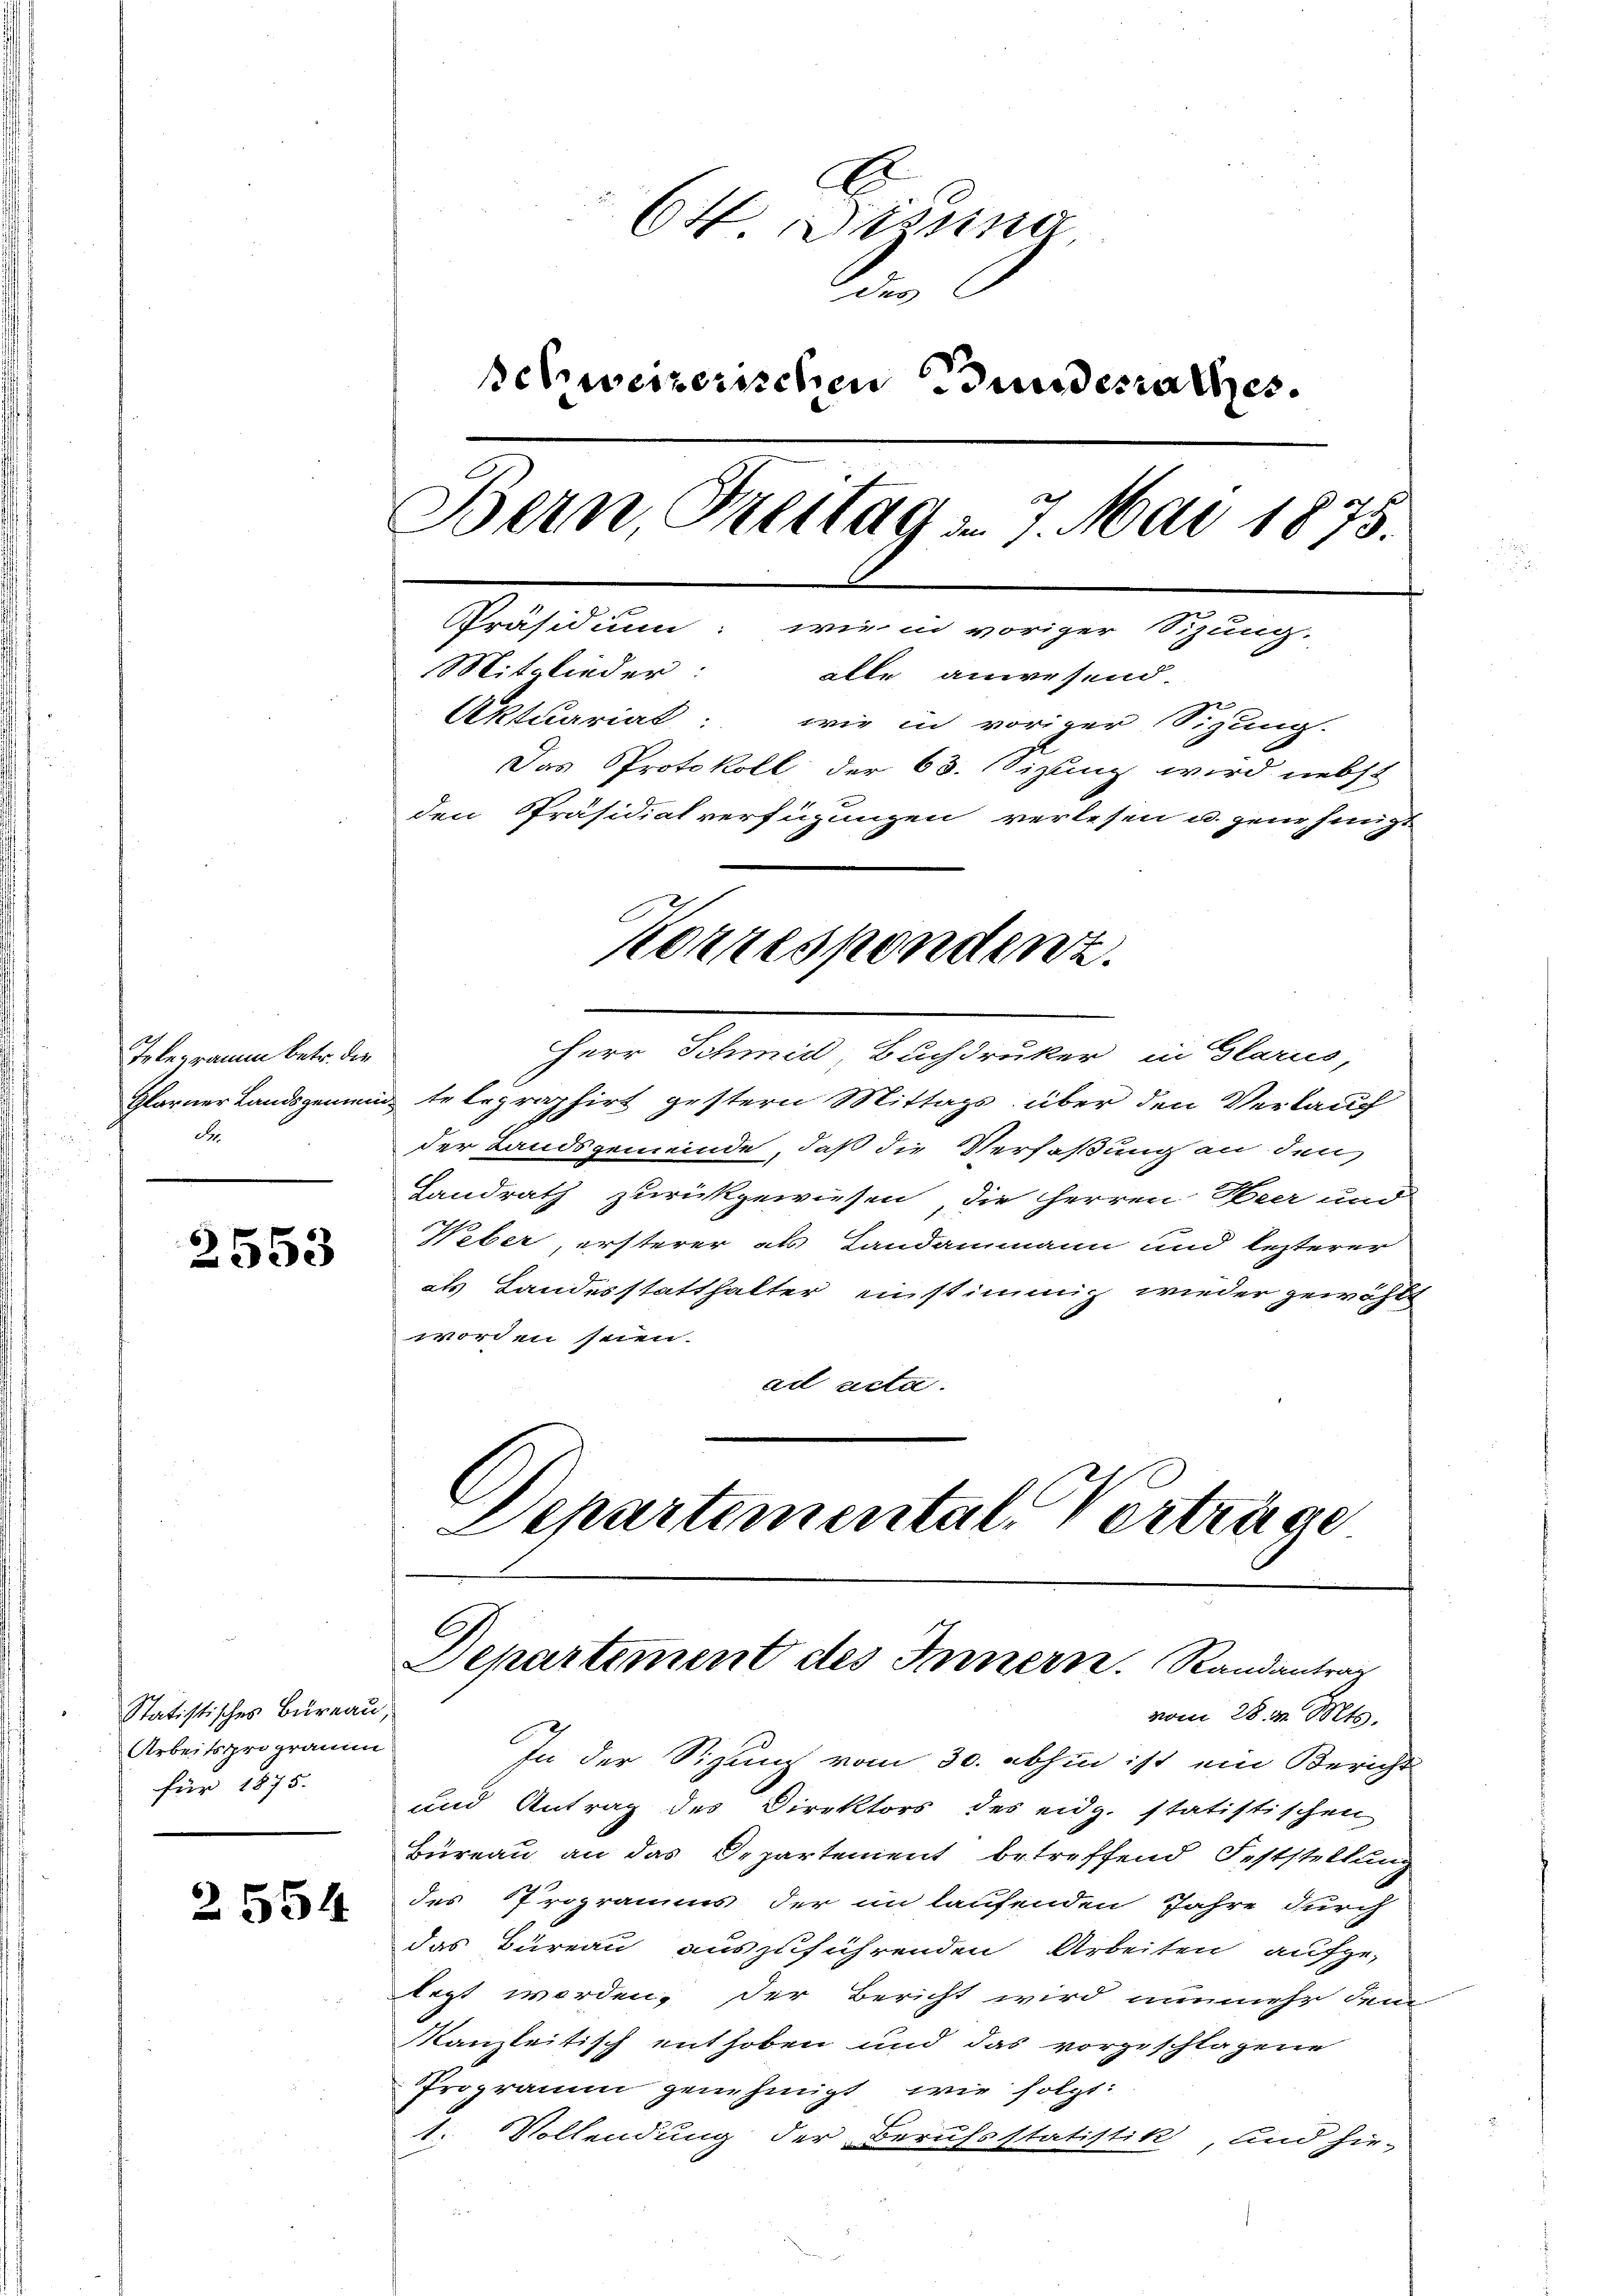
Telegramm betr. die
d.

2553

Statistisches Büreau,
Arbeitsprogramm
für 1875.

2554

A
64 Dissna
de
schweizerischen Bundesrathes
Bern, Breitag am 7. Mai 1875.
t
Präsidium: wie in voriger Sitzung.
Mitglieder:
alle anwesend.
Aktuariat: wie in voriger Sigung.
Das Protokoll der 63. Sizung wird nebst
den Präsidialverfügungen verlesen u. jene hinigt

Herr Schmid, Buchdruker in Glarus,
Glarner Landsgemein telegraphirt gestern Mittags über den Verkauf
der Landsgemeinde, daß die Verfaßung an den
Landrath zurückgewiesen, die Herren Heer und
Weber, ersterer als Landammann und lezterer
als Landesstatthalter einstimmig wieder gewählt
worden seien.
ad acta.
Departemental Verträge

Korrespondenz.

Departement des Innern. Randantrag

In der Sizung vom 30. abhin ist ein Bericht
und Antrag des Direktors des eidg. statistischen
Büreau an das Departement betreffend Feststellung
des Programms der in laufenden Jahre durch
das Büreau auszuführenden Arbeiten aufge-
legt werden. Der Bericht wird nunmehr dem
Kanzleitisch enthoben und das vorgeschlagene
Programm genehmigt wie folgt:
1. Vollendung der Berufsstatistik, und hie-

vom 28. d. Mts.